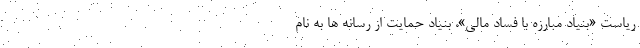
ریاست «بنیاد مبارزه با فساد مالی»، بنیاد حمایت از رسانه ها به نام